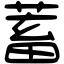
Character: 蓄